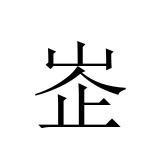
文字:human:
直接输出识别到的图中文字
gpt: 峜